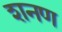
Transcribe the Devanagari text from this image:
शनण